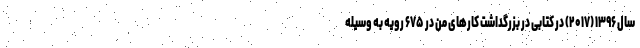
سال ۱۳۹۶ (۲۰۱۷) در کتابی در بزرگداشت کارهای من در ۶۷۵ رویه به وسیله